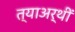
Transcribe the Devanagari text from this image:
त्याअर्थीं